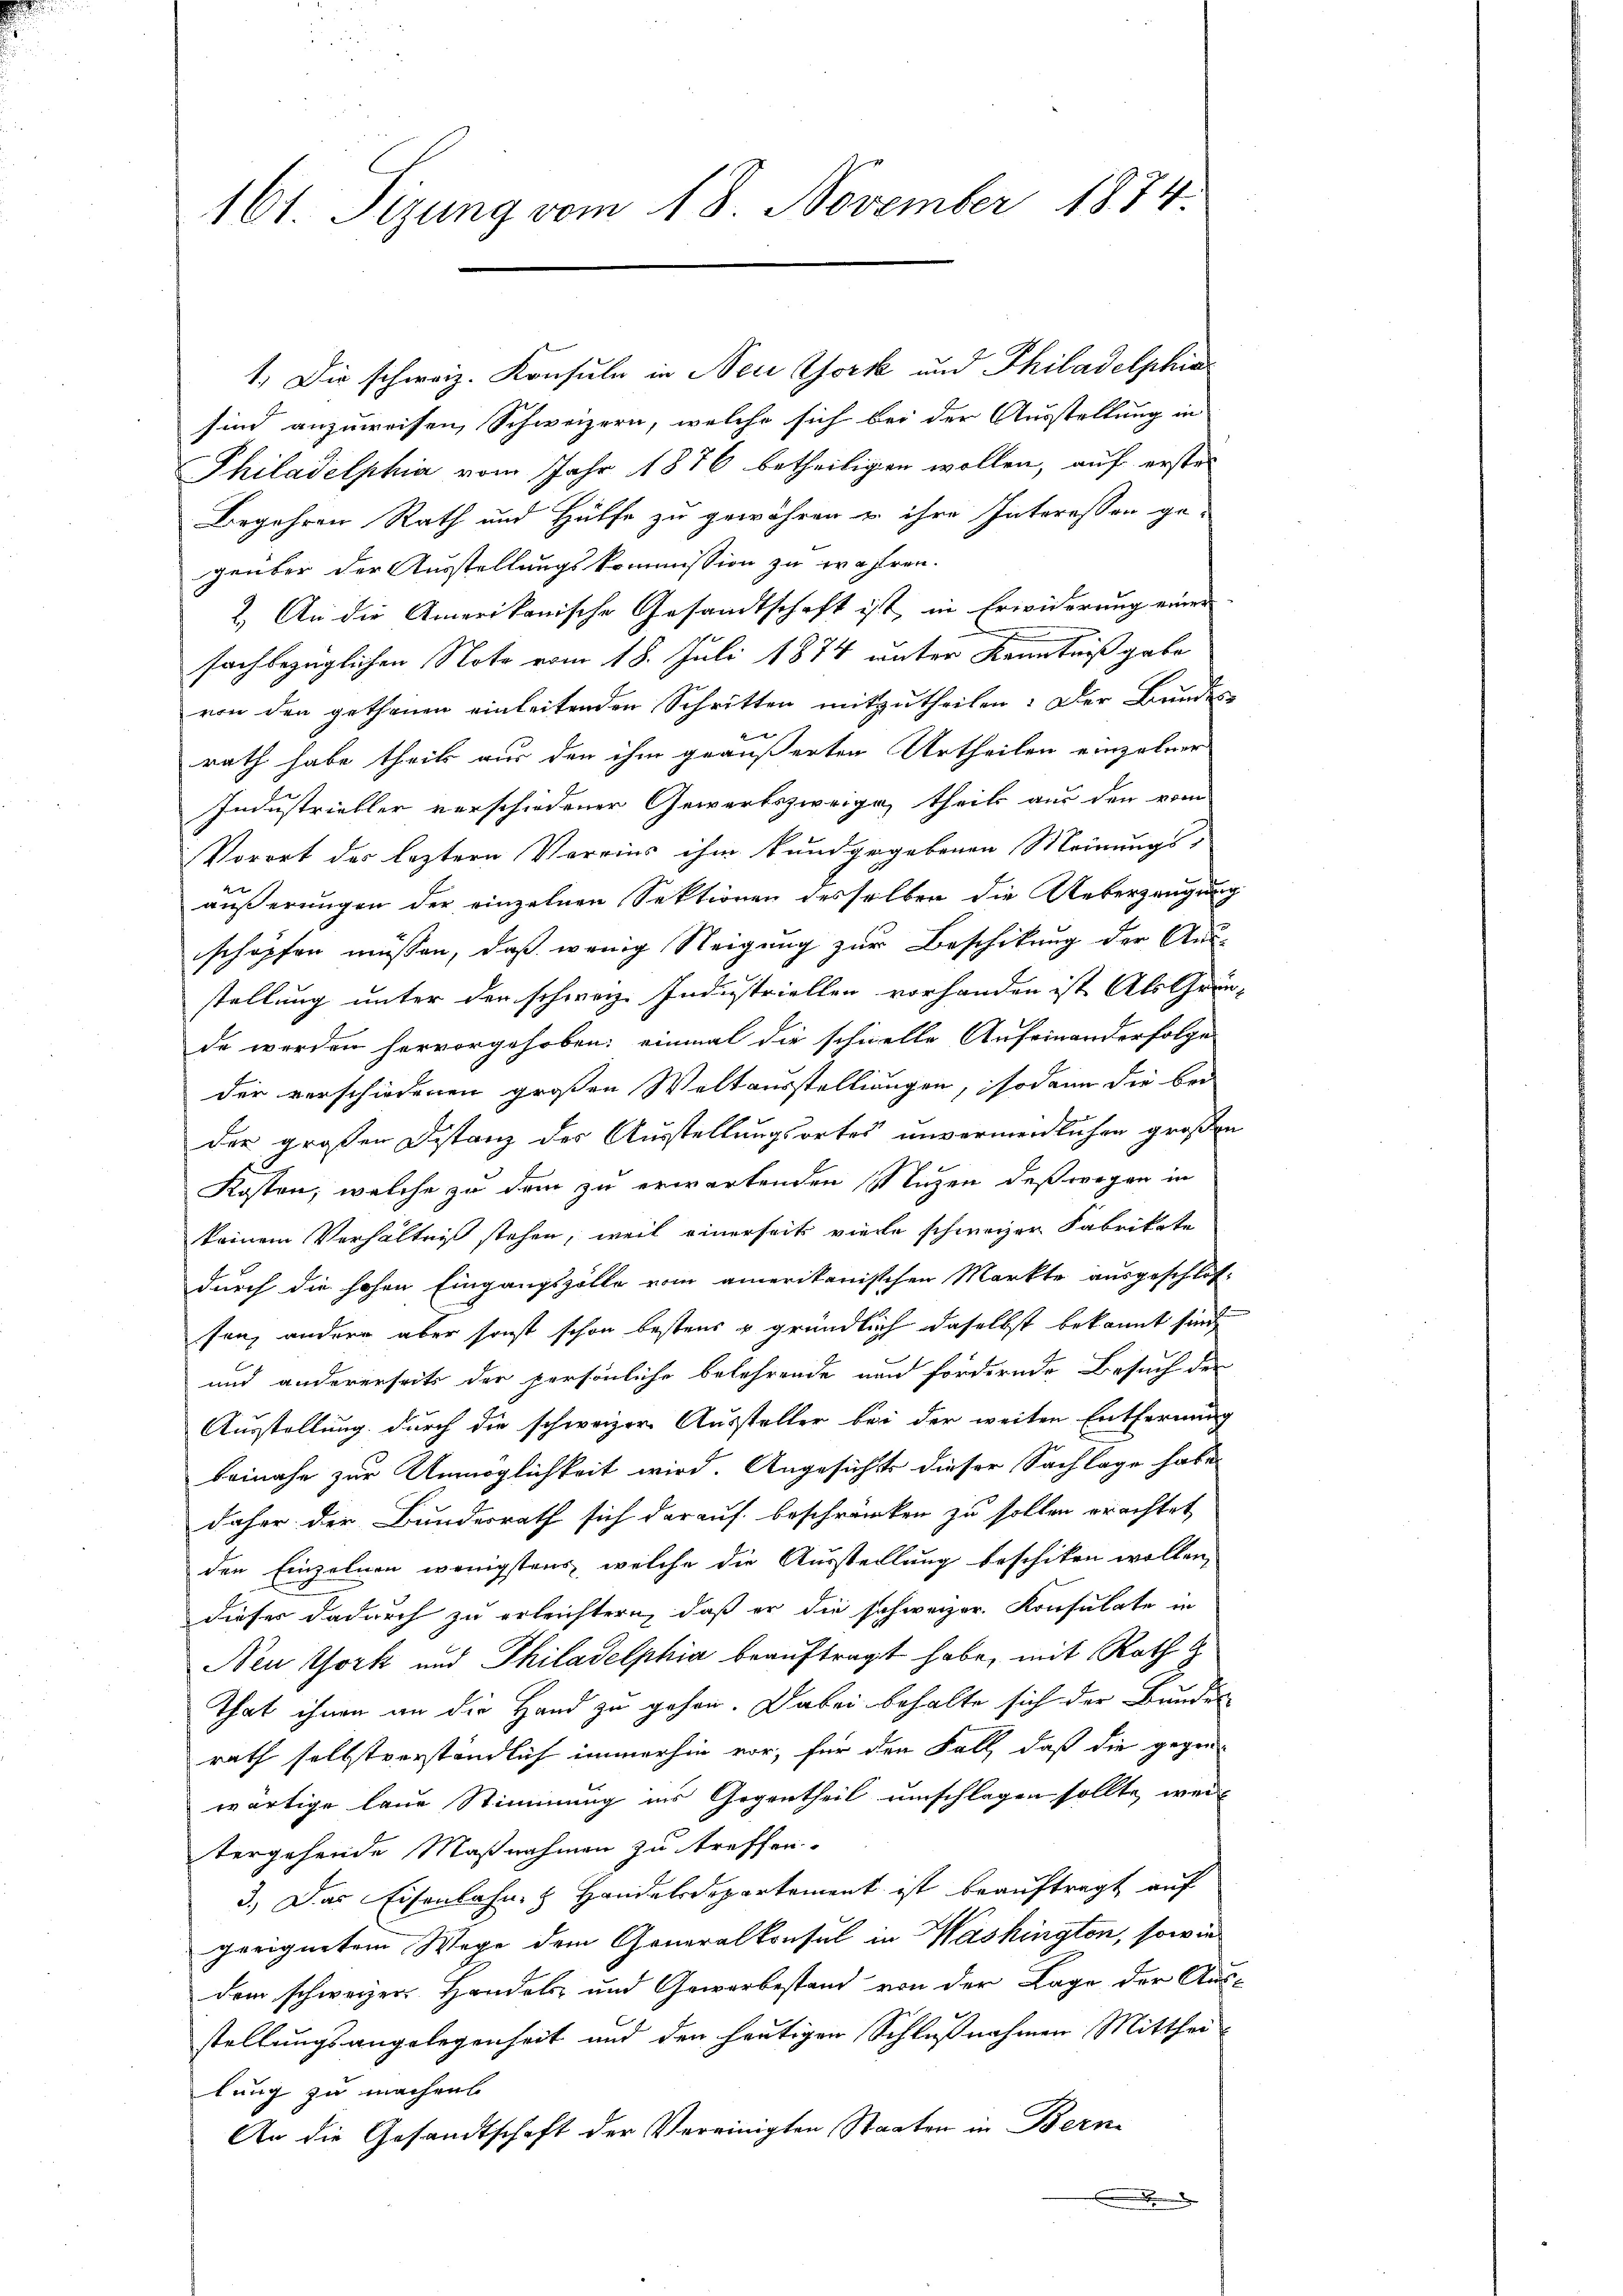
161. Sitzung vom 18. November 1884.

1. Die schweiz. Konsuln in New York und Philadelphia
sind anzuweisen, Schweizern, welche sich bei der Ausstellung in
Philadelphia vom Jahr 1876 betheiligen wollen, auf erster
Begehren Rath und Hülfe zu gewähren u ihre Interessen ge-
geüber der Ausstellungskommission zu wahren.
2. An die Amerikanische Gesandtschaft ist, in Erwiderung einer
sachbezüglichen Note vom 18. Juli 1874 unter Kenntnißgabe
von den gethanen einleitenden Schritten mitzutheilen. Der Bundes-
rath habe theil aus den ihm geäußerten Urtheilen einzelner
Industriebler verschiedener Gewärtszweige, theils aus den vom
Vorort des leztern Vereins ihm kundgegebenen Meinungs-
äußerungen der einzelnen Sektionen desselben die Ueberzeugung
schöpfen müssen, daß wenig Neigung zur Beschikung der Aus-
stellung unter den schweiz. Industriellen vorhanden ist Als Grün-
de werden hervorgehoben: einmal die schwelle Aufeinanderfolge
der verschiedenen großen Weltausstellungen, sodann die bei
der großen Distanz der Ausstellungsortes unvermeidlichen großen
Kosten, welche zu dem zu erwartenden Nuzen deßwegen in
keinem Verhältniß stehen, weil einerseits viele schweizer Fabrikate
durch die hohen Eingangszölle vom amerikanischen Markte ausgeschlos-
senz anderer aber sonst schon bestens & gründlich daselbst bekannt sind,
und andererseits der persönliche belehrende nun fordernde Besuch der
Ausstellung durch die schweizer Aussteller bei der weiten Entfernung
beinahe zur Unmöglichkeit wird. Angesicht dieser Sachlage habe
daher der Bunderrath sich darauf beschränken zu sollen erachtet
den Einzelnen wenigstens, welche die Ausstellung beschiken wollen,
dieser dadurch zu erleichtern, daß er die schweizer. Konsulate in
Neu York und Philadelphia beauftragt habe, mit Rath
That ihnen an die Hand zu gehen. Dabei behalte sich der Bundesrath selbstverständlich immerhin vor, für den Fall, daß die gegen-
wärtige laue Stimmung ins Gegentheil umschlagen sollte, weil
tergehende Maßnahmen zu treffen.
3.) Das Eisenbahn & Handelsdepartement ist beauftragt auf
geeignetem Wege dem Generalkonsul in Washington, sowie
dem schweizer Handels- und Gewerbestand von der Lage der Aus-
stellungsangelegenheit und den heutigen Schlußnahmen Mittheilung zu machen
An die Gesandtschaft der Vereinigten Staaten in Bern
x